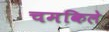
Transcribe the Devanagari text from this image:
चमकिले